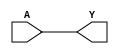
module BUFD (
	input A,
	output Y
);
	assign Y = A;
endmodule